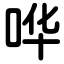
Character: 哗